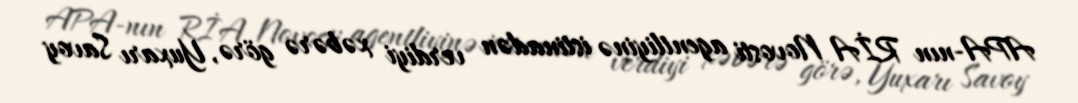
APA-nın RİA Novosti agentliyinə istinadən verdiyi xəbərə görə, Yuxarı Savoy